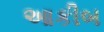
આકીબ